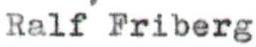
Ralf Friberg